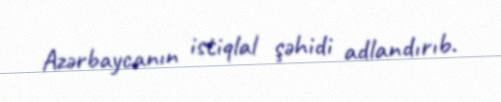
Azərbaycanın istiqlal şəhidi adlandırıb.